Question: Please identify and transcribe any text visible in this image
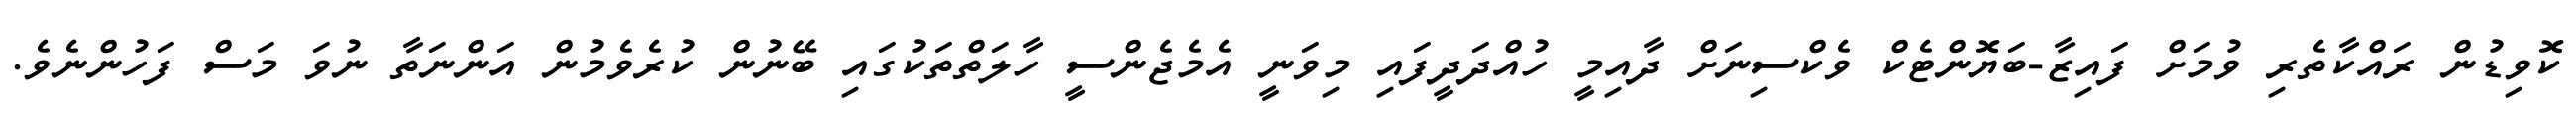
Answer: ކޮވިޑުން ރައްކާތެރި ވުމަށް ފައިޒާ-ބަޔޮންޓެކް ވެކްސިނަށް ދާއިމީ ހުއްދަދީފައި މިވަނީ އެމެޖެންސީ ހާލަތްތަކުގައި ބޭނުން ކުރެވެމުން އަންނަތާ ނުވަ މަސް ފަހުންނެވެ.